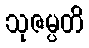
သုဇမ္ပတိ